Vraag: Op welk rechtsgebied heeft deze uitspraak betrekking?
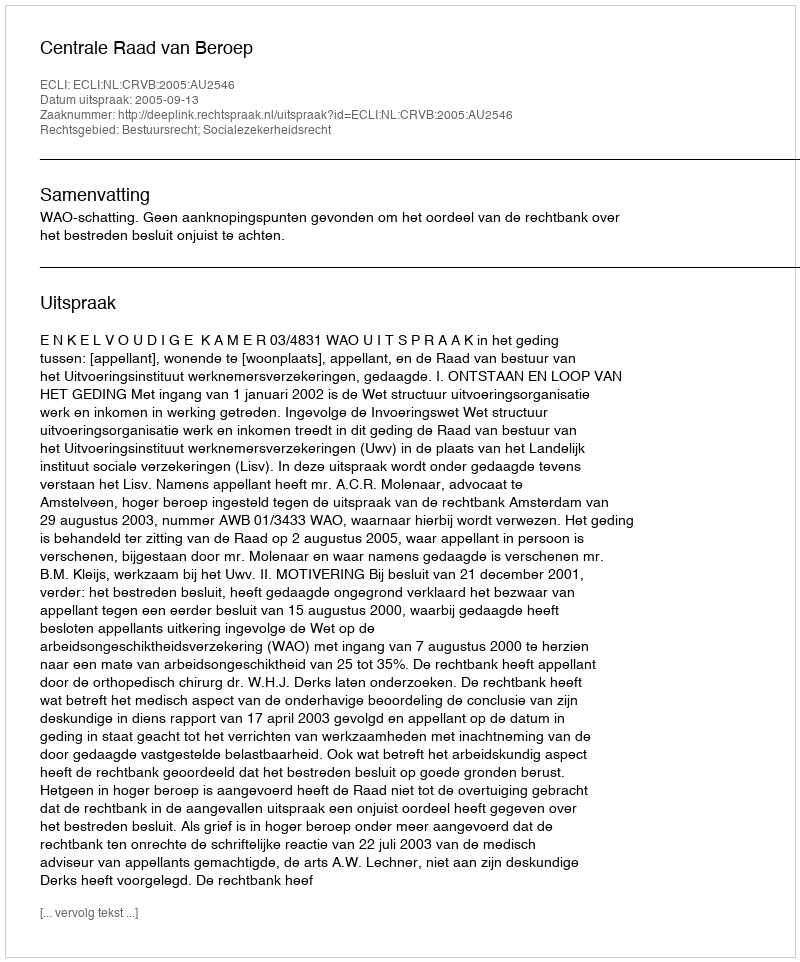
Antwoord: Bestuursrecht; Socialezekerheidsrecht